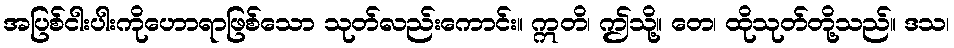
အပြစ်ငါးပါးကိုဟောရာဖြစ်သော သုတ်လည်းကောင်း။ ဣတိ၊ ဤသို့။ တေ၊ ထိုသုတ်တို့သည်။ ဒသ၊